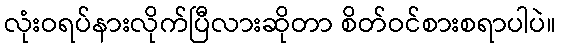
လုံးဝရပ်နားလိုက်ပြီလားဆိုတာ စိတ်ဝင်စားစရာပါပဲ။